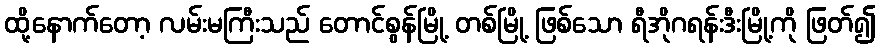
ထို့နောက်တော့ လမ်းမကြီးသည် တောင်စွန်မြို့ တစ်မြို့ ဖြစ်သော ရီအိုဂရန်းဒီးမြို့ကို ဖြတ်၍